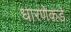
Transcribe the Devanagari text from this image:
धारणेकडे